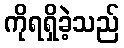
ကိုရရှိခဲ့သည်